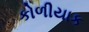
કોળીયાક